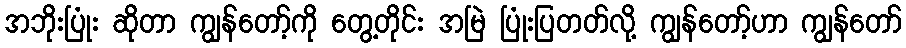
အဘိုးပြုံး ဆိုတာ ကျွန်တော့်ကို တွေ့တိုင်း အမြဲ ပြုံးပြတတ်လို့ ကျွန်တော့်ဟာ ကျွန်တော်